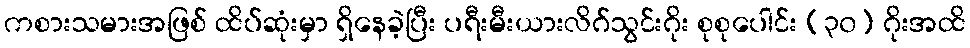
ကစားသမားအဖြစ် ထိပ်ဆုံးမှာ ရှိနေခဲ့ပြီး ပရီးမီးယားလိဂ်သွင်းဂိုး စုစုပေါင်း (၃၀) ဂိုးအထိ